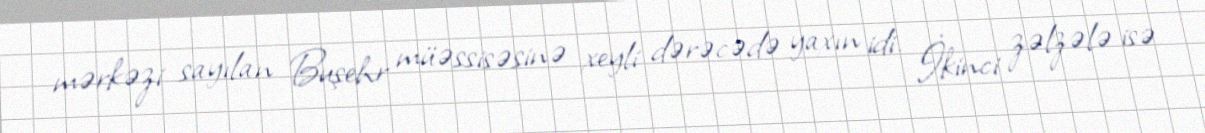
mərkəzi sayılan Buşehr müəssisəsinə xeyli dərəcədə yaxın idi. İkinci zəlzələ isə